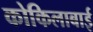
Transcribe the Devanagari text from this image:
कोकिलाबाई